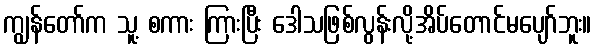
ကျွန်တော်က သူ့ စကား ကြားပြီး ဒေါသဖြစ်လွန်းလို့အိပ်တောင်မပျော်ဘူး။